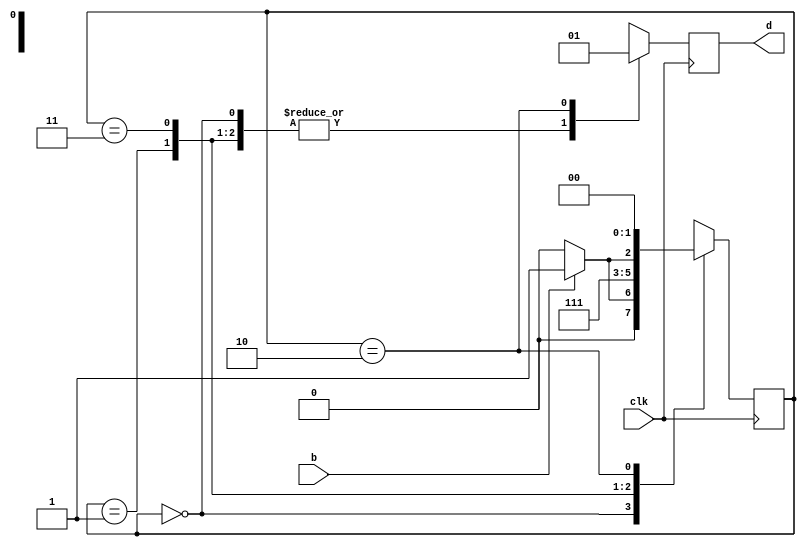
`timescale 1ns / 1ps
//////////////////////////////////////////////////////////////////////////////////
// Company: 
// Engineer: 
// 
// Design Name: 
// Module Name: debouncer
// Project Name: 
// Target Devices: 
// Tool Versions: 
// Description: 
// 
// Dependencies: 
// 
// Revision:
// Revision 0.01 - File Created
// Additional Comments:
// 
//////////////////////////////////////////////////////////////////////////////////


module debouncer(
    input b,
    output reg d,
    input clk
    );
    
    
    reg [1:0] state;
    
    
    always @(posedge clk) begin
        
        case (state)
            2'b00: begin
            if (b == 1) begin
            state   <= 2'b01;
            d       <= 2'b00;
        end
            else begin
            state   <= 2'b00;
            d       <= 2'b00;
        end
        end
            2'b01: begin
            state   <= 2'b11;
            d       <= 2'b00;
        end
            2'b11: begin
            if (b == 0) begin
            state   <= 2'b10; 
            d       <= 2'b00;
        end
            else begin
            state   <= 2'b11;
            d       <= 2'b00;
        end    
        end
            2'b10: begin
            state   <= 2'b00;
            d       <= 2'b01;
        end
        default: begin
            state <=2'b00;
            end
        endcase
    end
    
endmodule